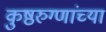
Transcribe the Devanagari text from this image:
कुष्ठरुग्णांच्या